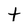
Character: t